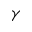
\gamma